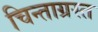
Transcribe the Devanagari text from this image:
चिन्ताग्रस्त